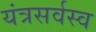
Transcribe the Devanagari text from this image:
यंत्रसर्वस्व